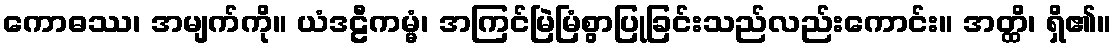
ကောဓဿ၊ အမျက်ကို။ ယံဒဠီကမ္မံ၊ အကြင်မြဲမြံစွာပြုခြင်းသည်လည်းကောင်း။ အတ္ထိ၊ ရှိ၏။